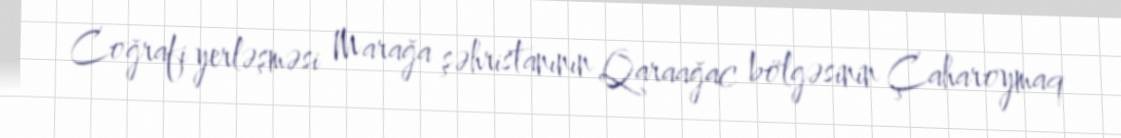
Coğrafi yerləşməsi Marağa şəhristanının Qaraağac bölgəsinin Çaharoymaq